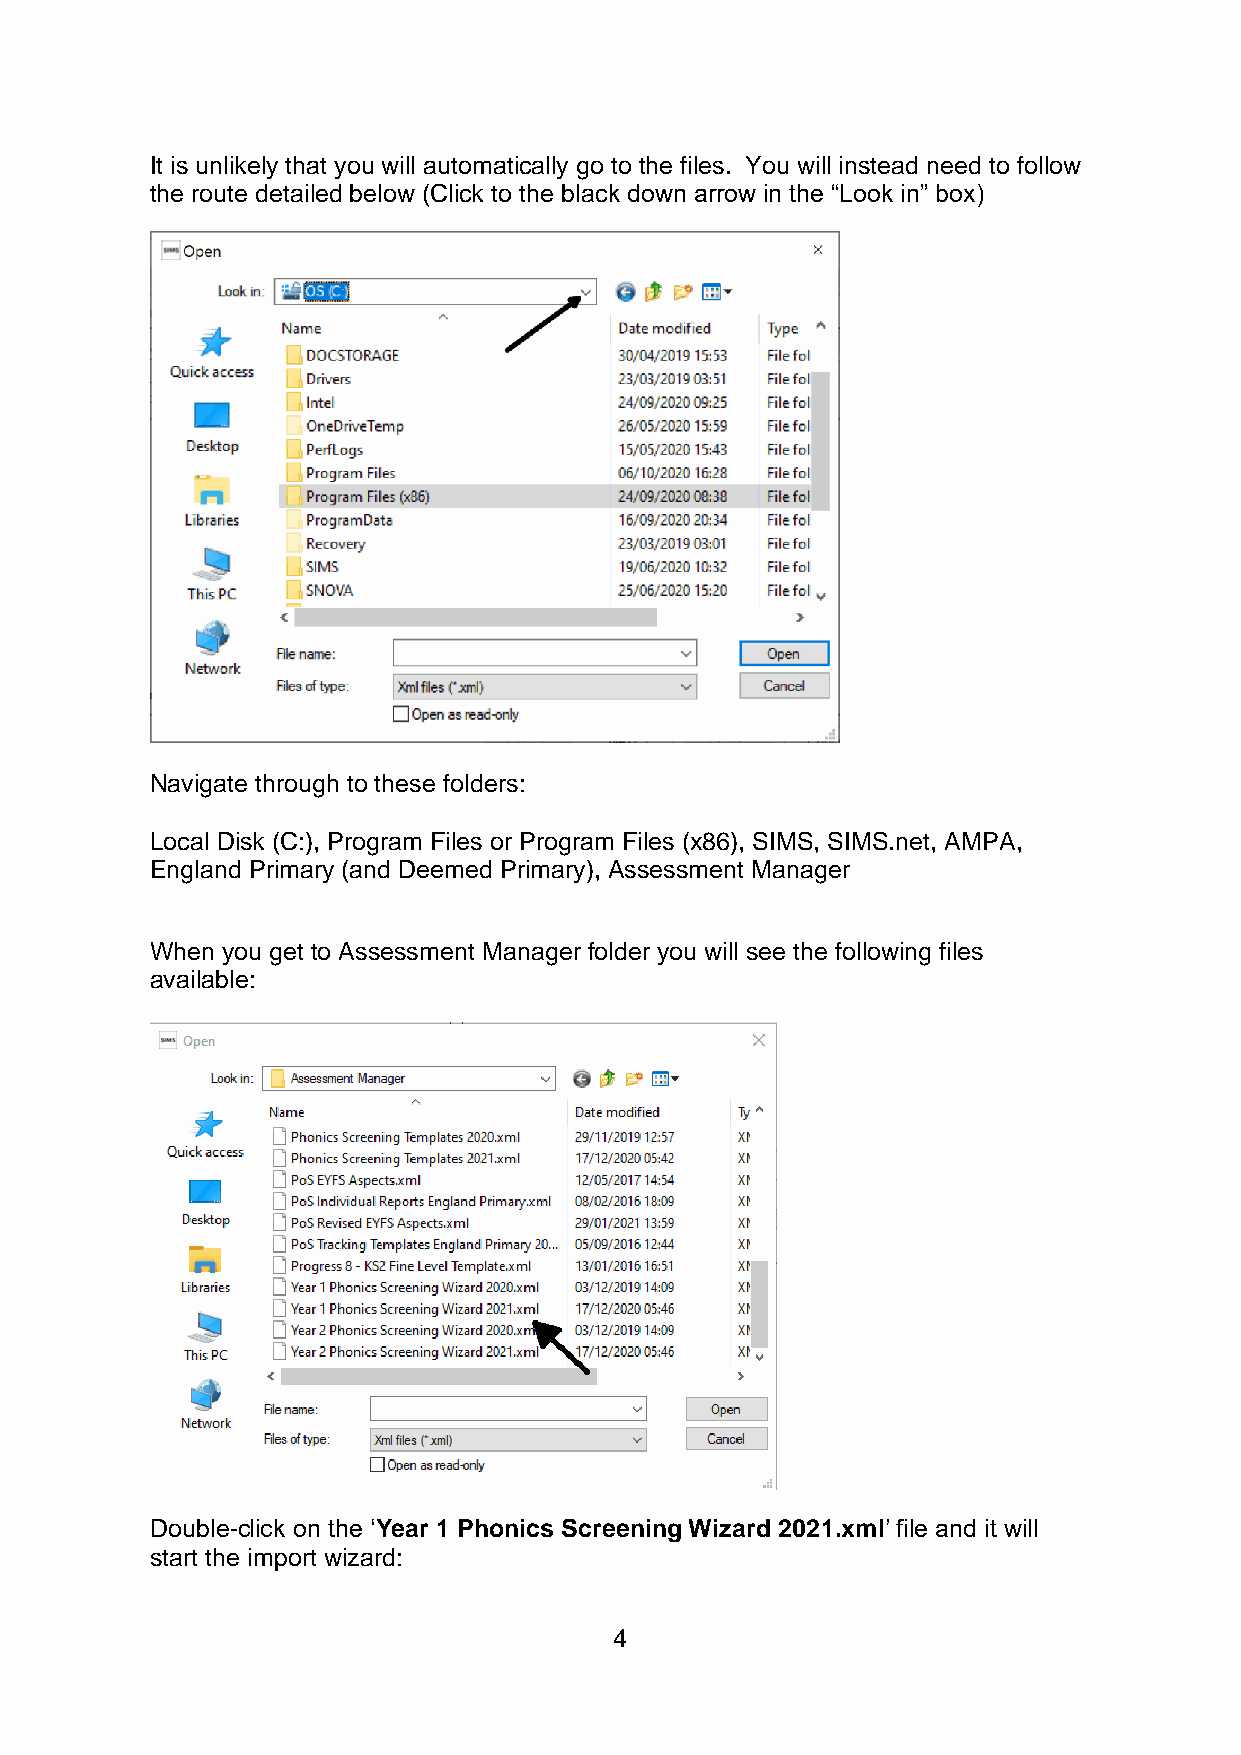
It is unlikely that you will automatically go to the files. You will instead need to follow
 the route detailed below (Click to the black down arrow in the “Look in” box)
 Navigate through to these folders:
 Local Disk (C:), Program Files or Program Files (x86), SIMS, SIMS.net, AMPA,
 England Primary (and Deemed Primary), Assessment Manager
 When you get to Assessment Manager folder you will see the following files
 available:
 Double-click on the ‘Year 1 Phonics Screening Wizard 2021.xml’ file and it will
 start the import wizard:
 4